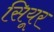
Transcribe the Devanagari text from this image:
सियूर